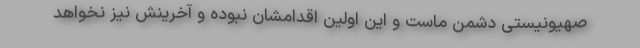
صهیونیستی دشمن ماست و این اولین اقدامشان نبوده و آخرینش نیز نخواهد